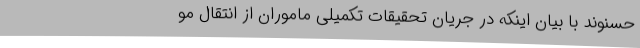
حسنوند با بیان اینکه در جریان تحقیقات تکمیلی ماموران از انتقال مو